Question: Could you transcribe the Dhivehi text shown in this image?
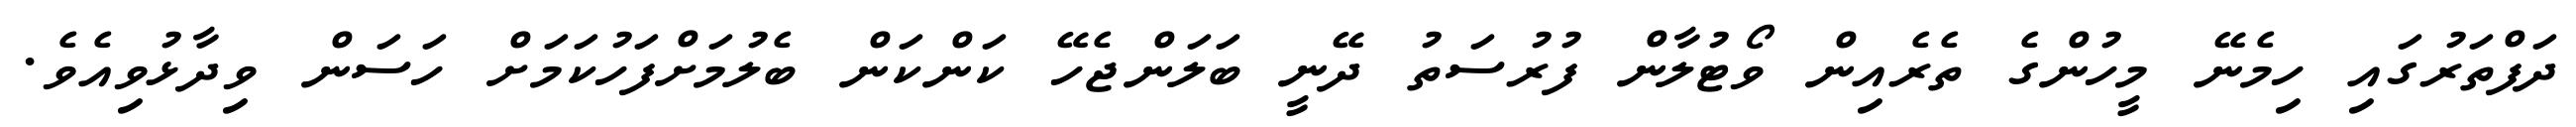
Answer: ދަފްތަރުގައި ހިމެނޭ މީހުންގެ ތެރެއިން ވޯޓުލާން ފުރުސަތު ދޭނީ ބަލަންޖެހޭ ކަންކަން ބެލުމަށްފަހުކަމަށް ހަސަން ވިދާޅުވިއެވެ.